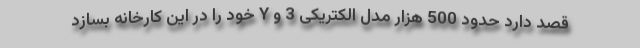
قصد دارد حدود 500 هزار مدل الکتریکی 3 و Y خود را در این کارخانه بسازد